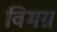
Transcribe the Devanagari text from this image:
विमग्न